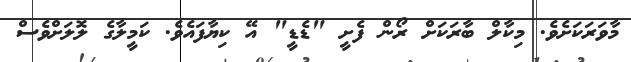
މާވަރަކަށެވެ. މިކާލް ބާރަކަށް ރޯން ފެށީ "ޑެޑީ" އޭ ކިޔާފައެވެ. ކަމީލާގެ ލޮލަށްވެސް